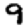
Digit: 9